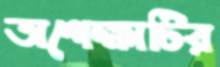
অপেক্ষাটির